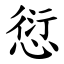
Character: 愆